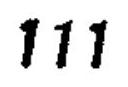
111